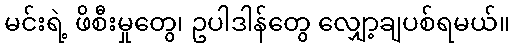
မင်းရဲ့ ဖိစီးမှုတွေ၊ ဥပါဒါန်တွေ လျှော့ချပစ်ရမယ်။